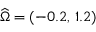
\widehat { \Omega } = ( - 0 . 2 , \, 1 . 2 )